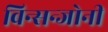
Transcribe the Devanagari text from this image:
विन्सन्जोनी